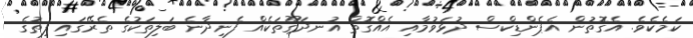
ކަމެކެވެ. އެގޮތުން އެޕެންޑިކްސް ދުޅަވުމާއި އެއްގޮތް އުނދަގޫތަކެއް ފެނިދާނެ ބަލިތަކުގެ ތެރޭގައި ފިތުގެ